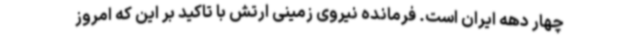
چهار دهه ایران است. فرمانده نیروی زمینی ارتش با تاکید بر این که امروز